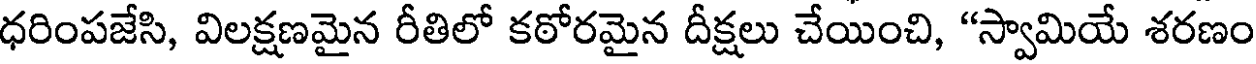
ధరింపజేసి, విలక్షణమైన రీతిలో కఠోరమైన దీక్షలు చేయించి, "స్వామియే శరణం